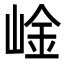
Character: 崯